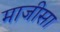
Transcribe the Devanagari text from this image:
माजीसा